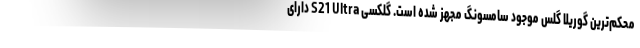
محکم‌ترین گوریلا گلس موجود سامسونگ مجهز شده است. گلکسی S21 Ultra دارای